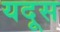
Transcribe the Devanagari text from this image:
यदूस